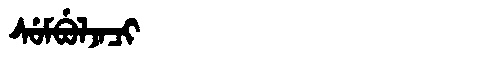
Manchu: ᠰᡠᠮᠪᡠᠯᠵᠠᠴᡳ
Romanization: SUMBULJACI